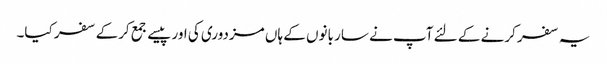
یہ سفر کرنے کے لئے آپ نے سار بانوں کے ہاں مزدوری کی اور پیسے جمع کرکے سفر کیا۔